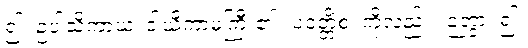
၍။ ဥပါသိကာယ၊ ဒါယိကာမကြီး၏။ ပဝတ္တိံစ၊ ကိုလည်း။ ဉတွာ၊ ၍။